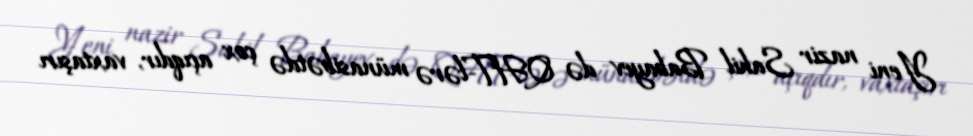
Yeni nazir Sahil Babayev də QHT-lərə münasibətdə çox açıqdır, vaxtaşırı